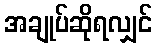
အချုပ်ဆိုရလျှင်